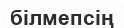
білмепсің